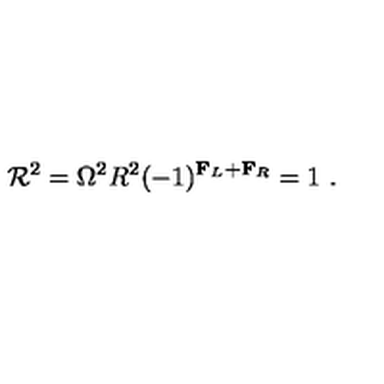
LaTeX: { \cal R } ^ { 2 } = \Omega ^ { 2 } R ^ { 2 } ( - 1 ) ^ { { \bf F } _ { L } + { \bf F } _ { R } } = 1 \ .